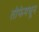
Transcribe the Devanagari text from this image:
तोफेमधून